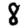
Digit: 8